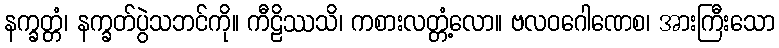
နက္ခတ္တံ၊ နက္ခတ်ပွဲသဘင်ကို။ ကီဠိဿသိ၊ ကစားလတ္တံ့လော။ ဗလဝဂေါဏေစ၊ အားကြီးသော